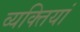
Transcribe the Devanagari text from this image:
व्यक्तियां